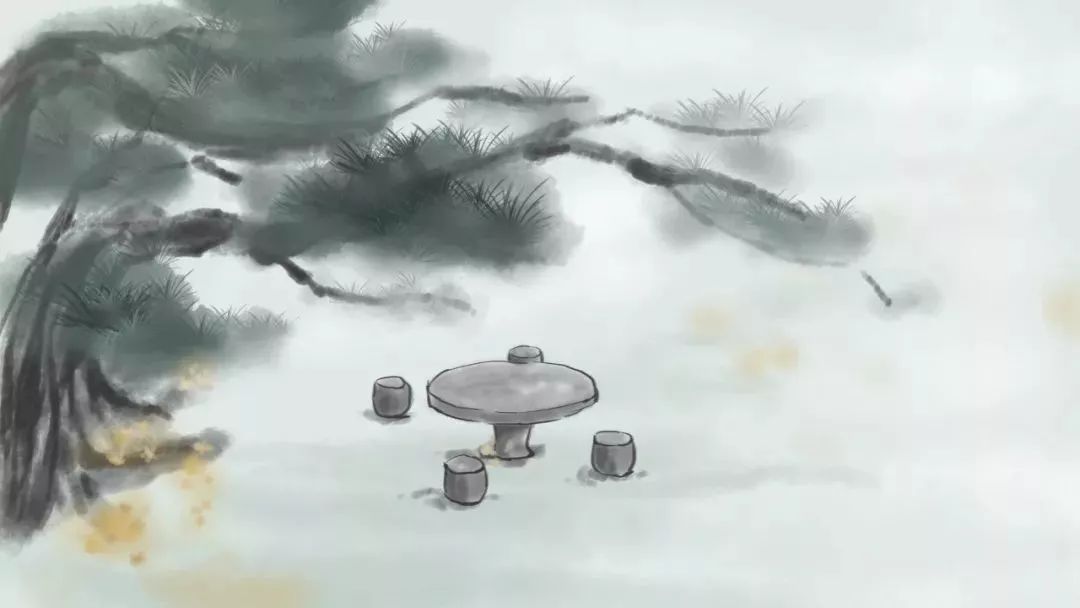
独睡起来情悄悄，寄愁何处好。